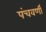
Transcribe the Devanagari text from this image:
पंचवर्णी